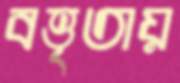
বত্তৃতায়